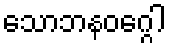
သောဘနဝဂ္ဂေါ